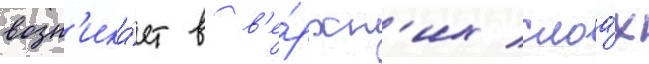
возн'ика́ет в в'е́рхн'их слоа́х